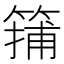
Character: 𥱴